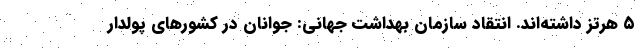
۵ هرتز داشته‌اند. انتقاد سازمان بهداشت جهانی: جوانان در کشورهای پولدار